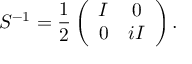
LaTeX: S ^ { - 1 } = \frac { 1 } { 2 } \left( \begin{array} { c c } { { I } } & { { 0 } } \\ { { 0 } } & { { i I } } \end{array} \right) .